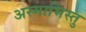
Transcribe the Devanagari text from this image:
अस्माभिस्तु